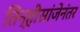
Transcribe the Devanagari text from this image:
तिन्हीसांजेनंतर